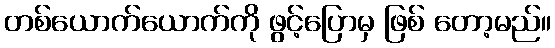
တစ်ယောက်ယောက်ကို ဖွင့်ပြောမှ ဖြစ် တော့မည်။